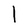
Character: l